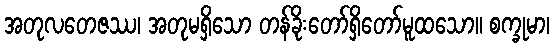
အတုလတေဇဿ၊ အတုမရှိသော တန်ခိုးတော်ရှိတော်မူထသော။ စက္ခုမာ၊